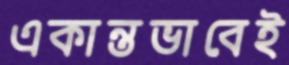
একান্তভাবেই